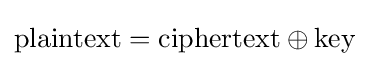
\mathrm {plaintext} =\mathrm {ciphertext} \oplus \mathrm {key}